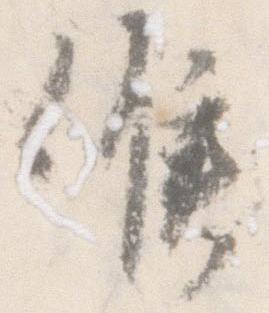
候